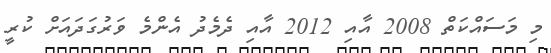
މި މަސައްކަތް 2008 އާއި 2012 އާއި ދެމެދު އެންމެ ވަރުގަދައަށް ކުރީ